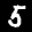
Label: 5